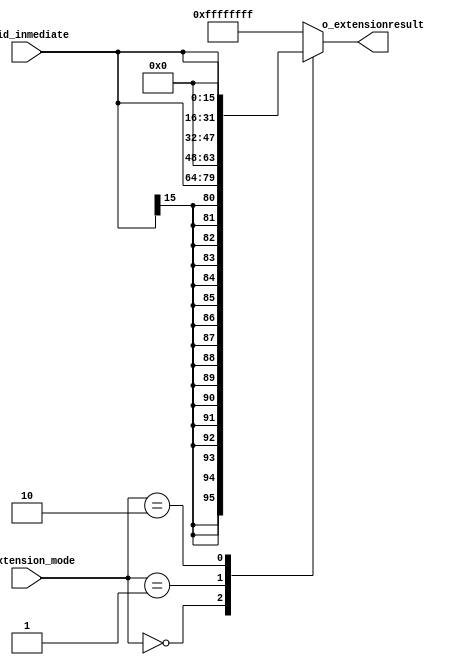
`timescale 1ns / 1ps

module Extensor_Signo #(
        parameter i_NBITS = 16,
        parameter e_NBITS = 16,
        parameter o_NBITS = 32
    )
    (
        input   wire    [i_NBITS-1:0]     i_id_inmediate,
        input   wire    [1:0]             i_extension_mode,
        output  wire    [o_NBITS-1:0]     o_extensionresult
    );
    
    reg     [o_NBITS-1:0] result_extension;

    always @(*)
    begin
        case(i_extension_mode)
            2'b00:      result_extension  <=  {{e_NBITS{i_id_inmediate[i_NBITS-1]}}, i_id_inmediate}  ;
            //1000 0000 0000 0000 -> 1111 1111 1111 1111 1000 0000 0000 0000
            2'b01:      result_extension  <=  {{e_NBITS{1'b0}}, i_id_inmediate};
            //1000 0000 0000 0000 -> 0000 0000 0000 0000 1000 0000 0000 0000
            2'b10:      result_extension  <=  {i_id_inmediate,{e_NBITS{1'b0}}};
            //1000 0000 0000 0000 -> 1000 0000 0000 0000 0000 0000 0000 0000   
            default:    result_extension  <= -1;
        endcase
    end

    assign o_extensionresult = result_extension;
    
endmodule